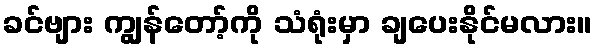
ခင်ဗျား ကျွန်တော့်ကို သံရုံးမှာ ချပေးနိုင်မလား။